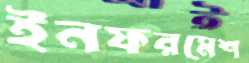
ইনফরমেশ